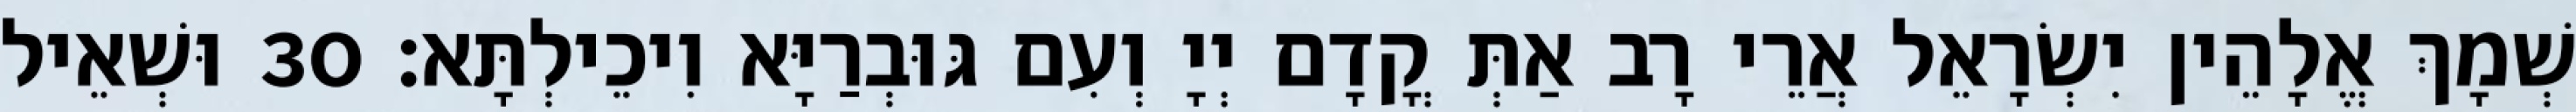
שְׁמָךְ אֱלָהֵין יִשְׂרָאֵל אֲרֵי רָב אַתְּ קֳדָם יְיָ וְעִם גּוּבְרַיָּא וִיכֵילְתָּא׃ 30 וּשְׁאֵיל